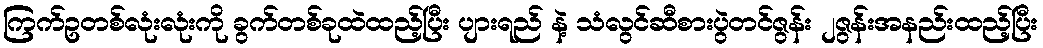
ကြက်ဥတစ်လုံးလုံးကို ခွက်တစ်ခုထဲထည့်ပြီး ပျားရည် နဲ့ သံလွင်ဆီစားပွဲတင်ဇွန်း ၂ဇွန်းအနည်းထည့်ပြီး